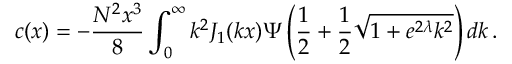
c ( x ) = - \frac { N ^ { 2 } x ^ { 3 } } { 8 } \int _ { 0 } ^ { \infty } k ^ { 2 } J _ { 1 } ( k x ) \Psi \left( \frac { 1 } { 2 } + \frac { 1 } { 2 } \sqrt { 1 + e ^ { 2 \lambda } k ^ { 2 } } \right) d k \, .